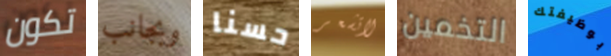
تكون وبجانب حسنا لاتشعر التخمين بوظيفتك